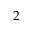
2